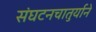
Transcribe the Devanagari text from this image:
संघटनचातुर्याने